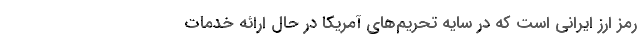
رمز ارز ایرانی است که در سایه تحریم‌های آمریکا در حال ارائه خدمات